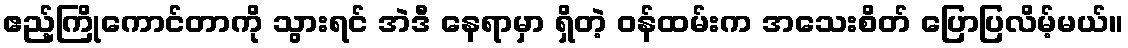
ဧည့်ကြိုကောင်တာကို သွားရင် အဲဒီ နေရာမှာ ရှိတဲ့ ဝန်ထမ်းက အသေးစိတ် ပြောပြလိမ့်မယ်။